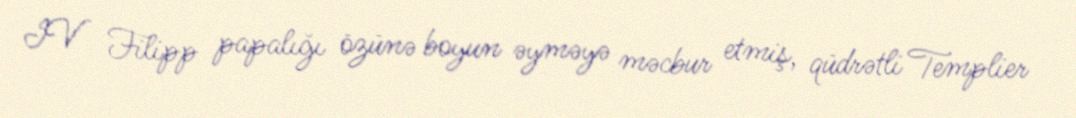
IV Filipp papalığı özünə boyun əyməyə məcbur etmiş, qüdrətli Templier